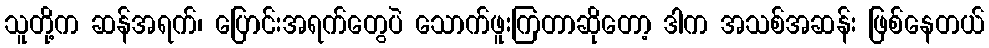
သူတို့က ဆန်အရက်၊ ပြောင်းအရက်တွေပဲ သောက်ဖူးကြတာဆိုတော့ ဒါက အသစ်အဆန်း ဖြစ်နေတယ်